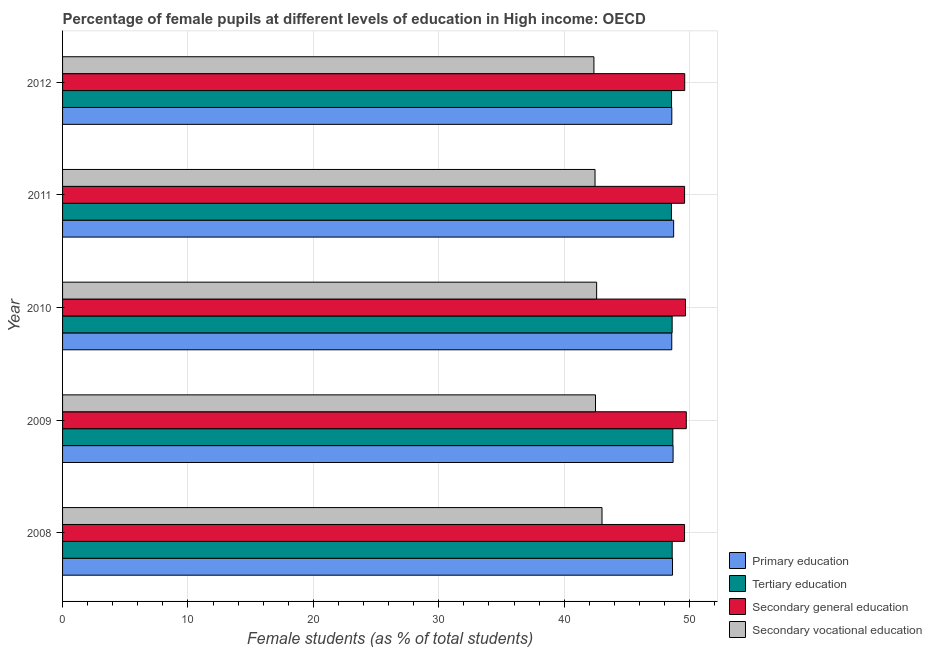
| Year | Primary education | Tertiary education | Secondary general education | Secondary vocational education |
 | --- | --- | --- | --- | --- |
 | 2008 | 48.6 | 48.6 | 49.6 | 43 |
 | 2009 | 48.7 | 48.7 | 49.7 | 42.5 |
 | 2010 | 48.6 | 48.6 | 49.7 | 42.6 |
 | 2011 | 48.7 | 48.5 | 49.6 | 42.5 |
 | 2012 | 48.6 | 48.6 | 49.6 | 42.4 |